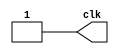
module ourClock(clk);

output reg clk;

always
begin
    clk = 0; 
    #100 clk = ~clk;
    #100;
end


endmodule